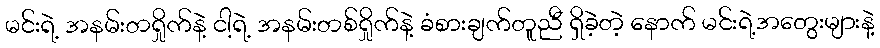
မင်းရဲ့ အနမ်းတရှိုက်နဲ့ ငါ့ရဲ့ အနမ်းတစ်ရှိုက်နဲ့ ခံစားချက်တူညီ ရှိခဲ့တဲ့ နောက် မင်းရဲ့အတွေးများနဲ့